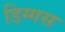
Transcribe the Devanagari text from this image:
डिग्गस